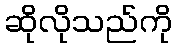
ဆိုလိုသည်ကို